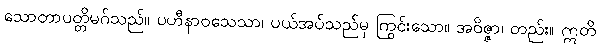
သောတာပတ္တိမဂ်သည်။ ပဟီနာဝသေသာ၊ ပယ်အပ်သည်မှ ကြွင်းသော။ အဝိဇ္ဇာ၊ တည်း။ ဣတိ